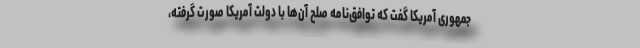
جمهوری آمریکا گفت که توافق‌نامه صلح آن‌ها با دولت آمریکا صورت گرفته،